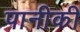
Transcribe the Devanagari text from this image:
पानीकी